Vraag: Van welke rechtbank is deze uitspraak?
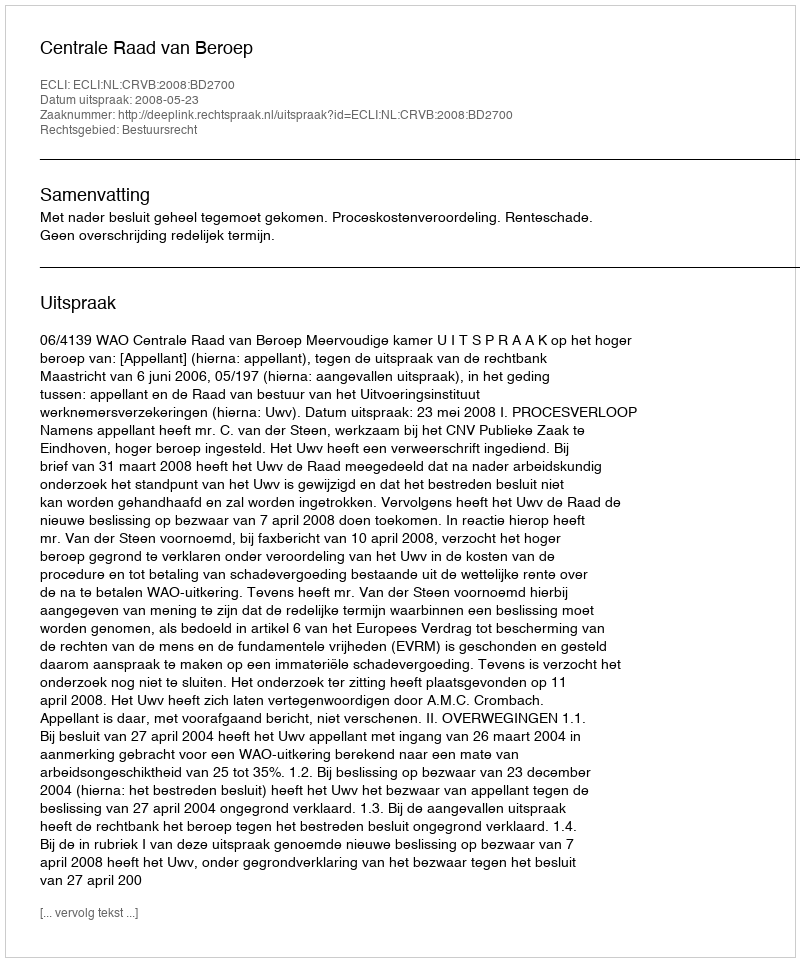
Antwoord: Centrale Raad van Beroep